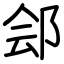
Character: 郐